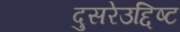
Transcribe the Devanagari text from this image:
दुसरेउद्दिष्ट